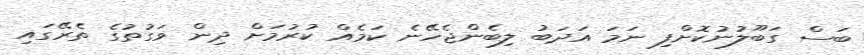
ބަސް ގަބޫލުނުކޮށްފި ނަމަ އަދަބު ލިބެންޖެހޭނެ ކަމެއް ކުރުމަށް ދިން ވަގުތުގެ ތެރޭގައި